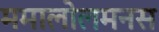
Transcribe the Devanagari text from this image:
ममालोलमनस